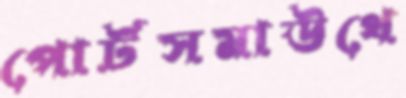
পোর্টসমাউথে